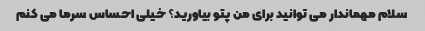
سلام مهماندار می توانید برای من پتو بیاورید؟ خیلی احساس سرما می کنم